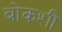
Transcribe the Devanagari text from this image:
बोकशी